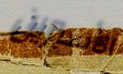
الأسبرين